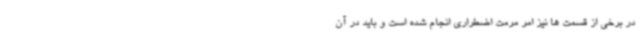
در برخی از قسمت ها نیز امر مرمت اضطراری انجام شده است و باید در آن